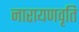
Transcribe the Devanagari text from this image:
नारायणवृति